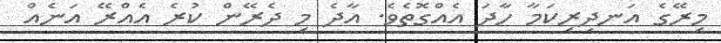
މިރޭގެ އަނދިރިކަމާ ހާދަ އެއްގޮތެވެ. އާދެ މި ދެރޭން ކުރެ އެއްރޭ އަނެއް